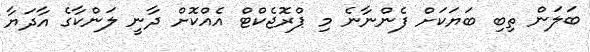
ބަލަން ތިބި ބަޔަކަށް ފެންނާނެ މި ޕްރޮޖެކްޓް އެއްކޮށް ދާނީ ލަންކާގެ އާދަޔާ